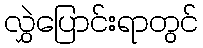
လွှဲပြောင်းရာတွင်